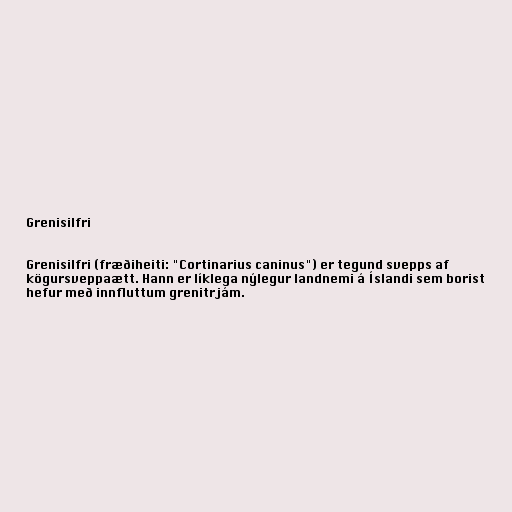
Grenisilfri

Grenisilfri (fræðiheiti: "Cortinarius caninus") er tegund svepps af
kögursveppaætt. Hann er líklega nýlegur landnemi á Íslandi sem borist
hefur með innfluttum grenitrjám.